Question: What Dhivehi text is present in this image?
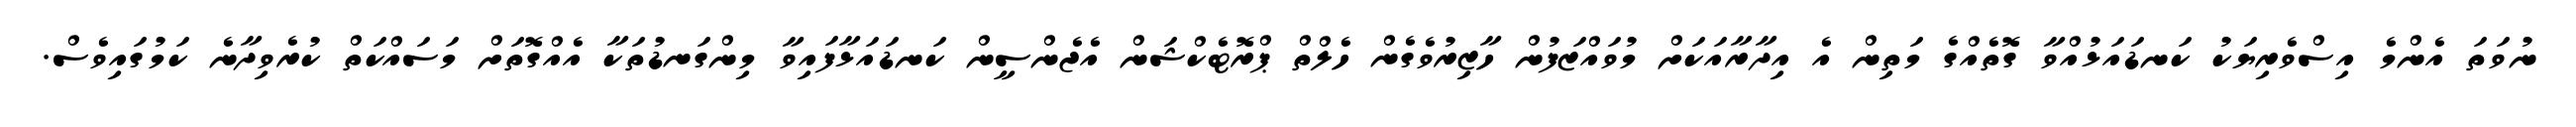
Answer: ނުވަތަ އެންމެ އިސްވެރިޔަކު ކަނޑައަޅުއްވާ ގޮތެއްގެ މަތިން އެ އިދާރާއަކަށް މުވައްޒަފުން ހާޒިރުވެގެން ހެލްތް ޕްރޮޓެކްޝަން އެޖެންސީން ކަނޑައަޅާފައިވާ މިންގަނޑުތަކާ އެއްގޮތަށް މަސައްކަތް ކުރެވިދާނެ ކަމުގައިވެސް.